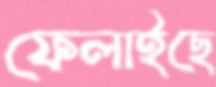
ফেলাইছে